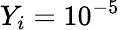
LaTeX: Y_{i}=10^{-5}